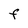
Character: f